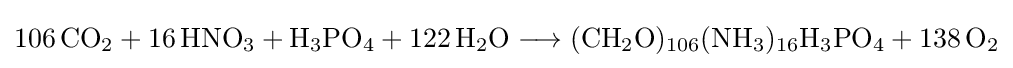
{106\,\mathrm {CO} {\vphantom {A}}_{\smash[{t}]{2}}{}+{}16\,\mathrm {HNO} {\vphantom {A}}_{\smash[{t}]{3}}{}+{}\mathrm {H} {\vphantom {A}}_{\smash[{t}]{3}}\mathrm {PO} {\vphantom {A}}_{\smash[{t}]{4}}{}+{}122\,\mathrm {H} {\vphantom {A}}_{\smash[{t}]{2}}\mathrm {O} {}\mathrel {\longrightarrow } {}(\mathrm {CH} {\vphantom {A}}_{\smash[{t}]{2}}\mathrm {O} ){\vphantom {A}}_{\smash[{t}]{106}}(\mathrm {NH} {\vphantom {A}}_{\smash[{t}]{3}}){\vphantom {A}}_{\smash[{t}]{16}}\mathrm {H} {\vphantom {A}}_{\smash[{t}]{3}}\mathrm {PO} {\vphantom {A}}_{\smash[{t}]{4}}{}+{}138\,\mathrm {O} {\vphantom {A}}_{\smash[{t}]{2}}}